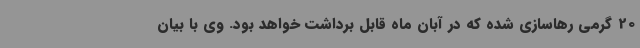
20 گرمی رهاسازی شده که در آبان ماه قابل برداشت خواهد بود. وی با بیان